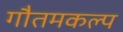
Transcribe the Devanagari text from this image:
गौतमकल्प